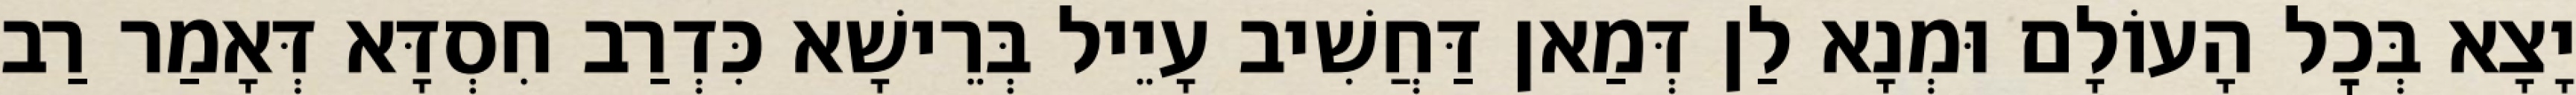
יָצָא בְּכׇל הָעוֹלָם וּמְנָא לַן דְּמַאן דַּחֲשִׁיב עָיֵיל בְּרֵישָׁא כִּדְרַב חִסְדָּא דְּאָמַר רַב